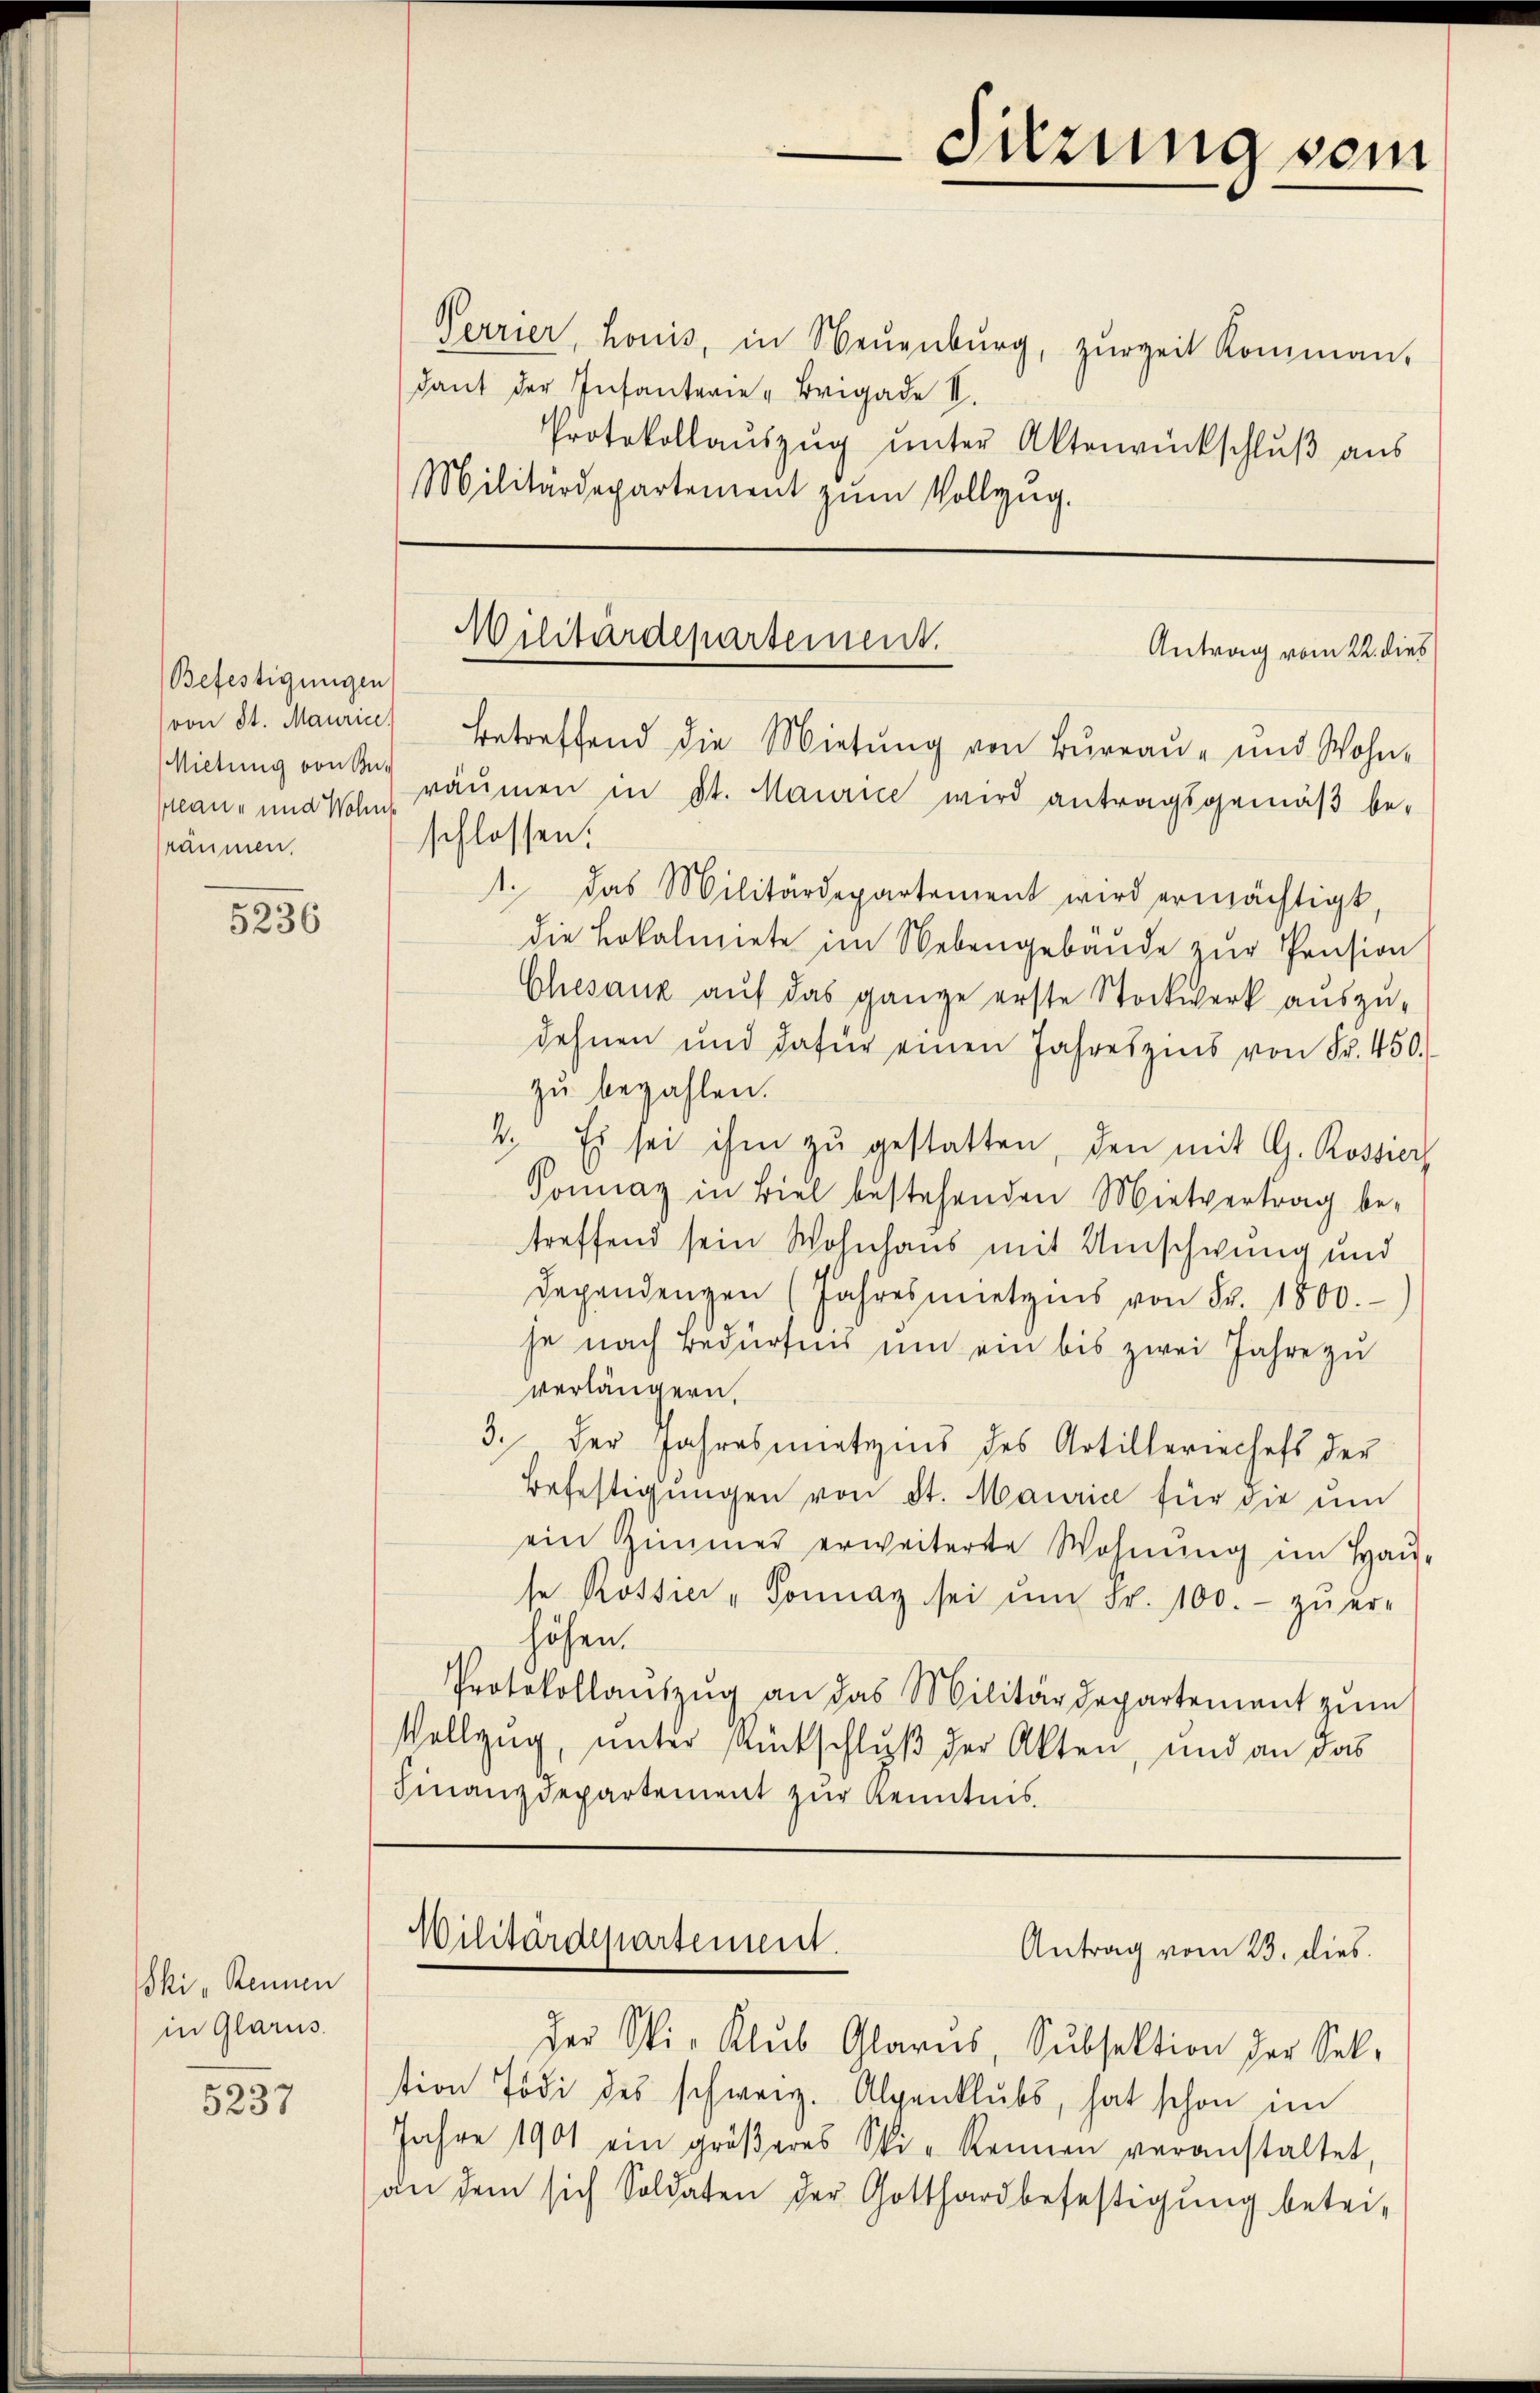
Befestigungen
Mlan- und Wohns
sräumen.

5236

Ski „Rennen
in Glarus.

5237

Militärdepartement.
Antrag vom 22. dies
oon 81. Mauric betreffend die Mietŭng von Bŭrraŭ- und Wohn-
Miltung von den räumen in St. Maurice wird antragsgemäβ be-

Sitzung sein

Perrier, honis, in Neuenburg, zŭrzeit Komman
dant der Infanterie "Brigade II.
Protokollauszug unter Aktenrückschluß aus
Militärdepartement zŭm Vollzug.

schlossen:
1. das Militärdepartement wird ermächtigt
die Lokalmiete im Nebengebäude zur Pension
Chesank aŭf das ganze erste Stockwerk aŭszŭ-
dehnen und dafür einen Jahreszins von Fr. 450.
zu bezahlen.
2. Es sei ihm zŭ gestatten, den mit G. Rossiere
Sonnay in Biel bestehenden Mietvertrag be-
treffend sein Wohnhaus mit Umschwung und
dependenzen (Jahresmietzins von Fr. 1800.
se nach Bedürfnis um ein bis zwei Jahre zu
verlängern,
3. Der Jahresmietzins des Artilleriechefs der
Befestigŭngen von St. Maurice für die um
ein Zimmer erweiterte Wohnŭng im Haŭ-
se Rossier "Sonnay sei ŭm Fr. 100.- zŭ er-
höhen.
Protokollaŭszŭg an das Militärdepartement zŭm
Vollzug, unter Rückschluß der Akten, und an das
Finanzdepartement zur Kenntnis

Militärdepartement.
Antrag vom 23. dies

Der Spi-Klub Glarus, Subsektion der Selltion Tod des schweiz. Alpenklŭbs, hat schon im
Jahre 1901 ein gröβeres Spi-Rennen veranstaltet,
an dem sich Soldaten der Gotthardbefestigung betei-